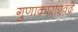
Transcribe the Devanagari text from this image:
गुणाकाराएवढे